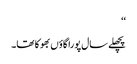
‘‘
پچھلے سال پورا گاؤں بھوکا تھا۔